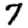
Digit: 7